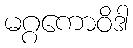
မဂ္ဂကောဝိဒါ